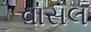
વાસલ